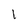
Character: 1